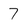
Character: 7